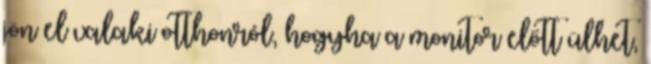
jön el valaki otthonról, hogyha a monitor előtt ülhet,